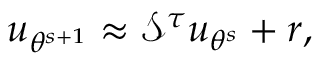
u _ { \theta ^ { s + 1 } } \approx \mathcal { S } ^ { \tau } u _ { \theta ^ { s } } + r ,